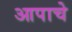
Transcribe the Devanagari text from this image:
आपाचे